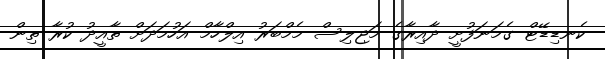
ކެނޑިޑޭޓް ގެމަނަފުށީ ދާއިރާގެ މަޖިލިސް މެމްބަރު އިލްހާމް އަހުމަދަށް ތާއީދު ކުރާ ތިން